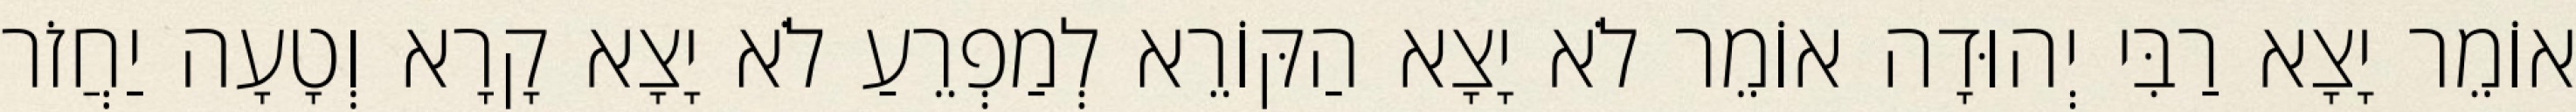
אוֹמֵר יָצָא רַבִּי יְהוּדָה אוֹמֵר לֹא יָצָא הַקּוֹרֵא לְמַפְרֵעַ לֹא יָצָא קָרָא וְטָעָה יַחֲזֹר